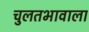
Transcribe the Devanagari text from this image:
चुलतभावाला